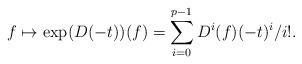
LaTeX: \begin{align*}f \mapsto \exp(D(-t))(f)=\sum_{i=0}^{p-1} D^i(f)(-t)^i/i!.\end{align*}